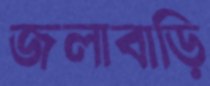
জলাবাড়ি